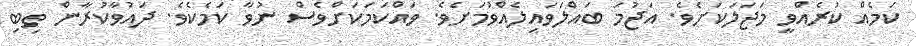
ކަމެއް ކުރެެއްވީ މަޖަލަކަށެވެ. އަޖުމަ ބައްލަވައިލެއްވުމަށެވެ. ވައްކަމަކަށްވެސް ނުވާ ކަމެކެވެ. ދައުވާކުރާން ތިބި